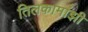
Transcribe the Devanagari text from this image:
तिलकामांझी